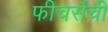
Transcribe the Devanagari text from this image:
फीचर्सची